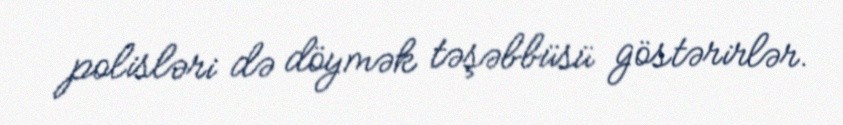
polisləri də döymək təşəbbüsü göstərirlər.